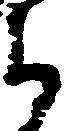
郎